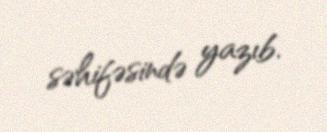
səhifəsində yazıb.